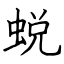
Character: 蜕